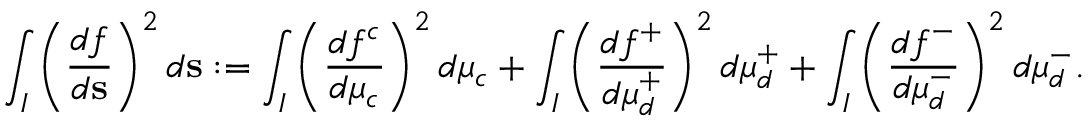
\int _ { I } \left( \frac { d f } { d \mathbf { s } } \right) ^ { 2 } d \mathbf { s } : = \int _ { I } \left( \frac { d f ^ { c } } { d \mu _ { c } } \right) ^ { 2 } d \mu _ { c } + \int _ { I } \left( \frac { d f ^ { + } } { d \mu _ { d } ^ { + } } \right) ^ { 2 } d \mu _ { d } ^ { + } + \int _ { I } \left( \frac { d f ^ { - } } { d \mu _ { d } ^ { - } } \right) ^ { 2 } d \mu _ { d } ^ { - } .